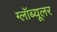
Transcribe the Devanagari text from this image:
ग्लॉब्यूलर